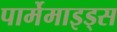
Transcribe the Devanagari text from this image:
पार्मेमाइड्स